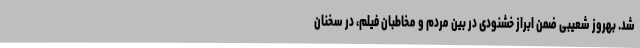
شد. بهروز شعیبی ضمن ابراز خشنودی در بین مردم و مخاطبان فیلم، در سخنان